Vana-Vandra_vallavalitsus, lk 42
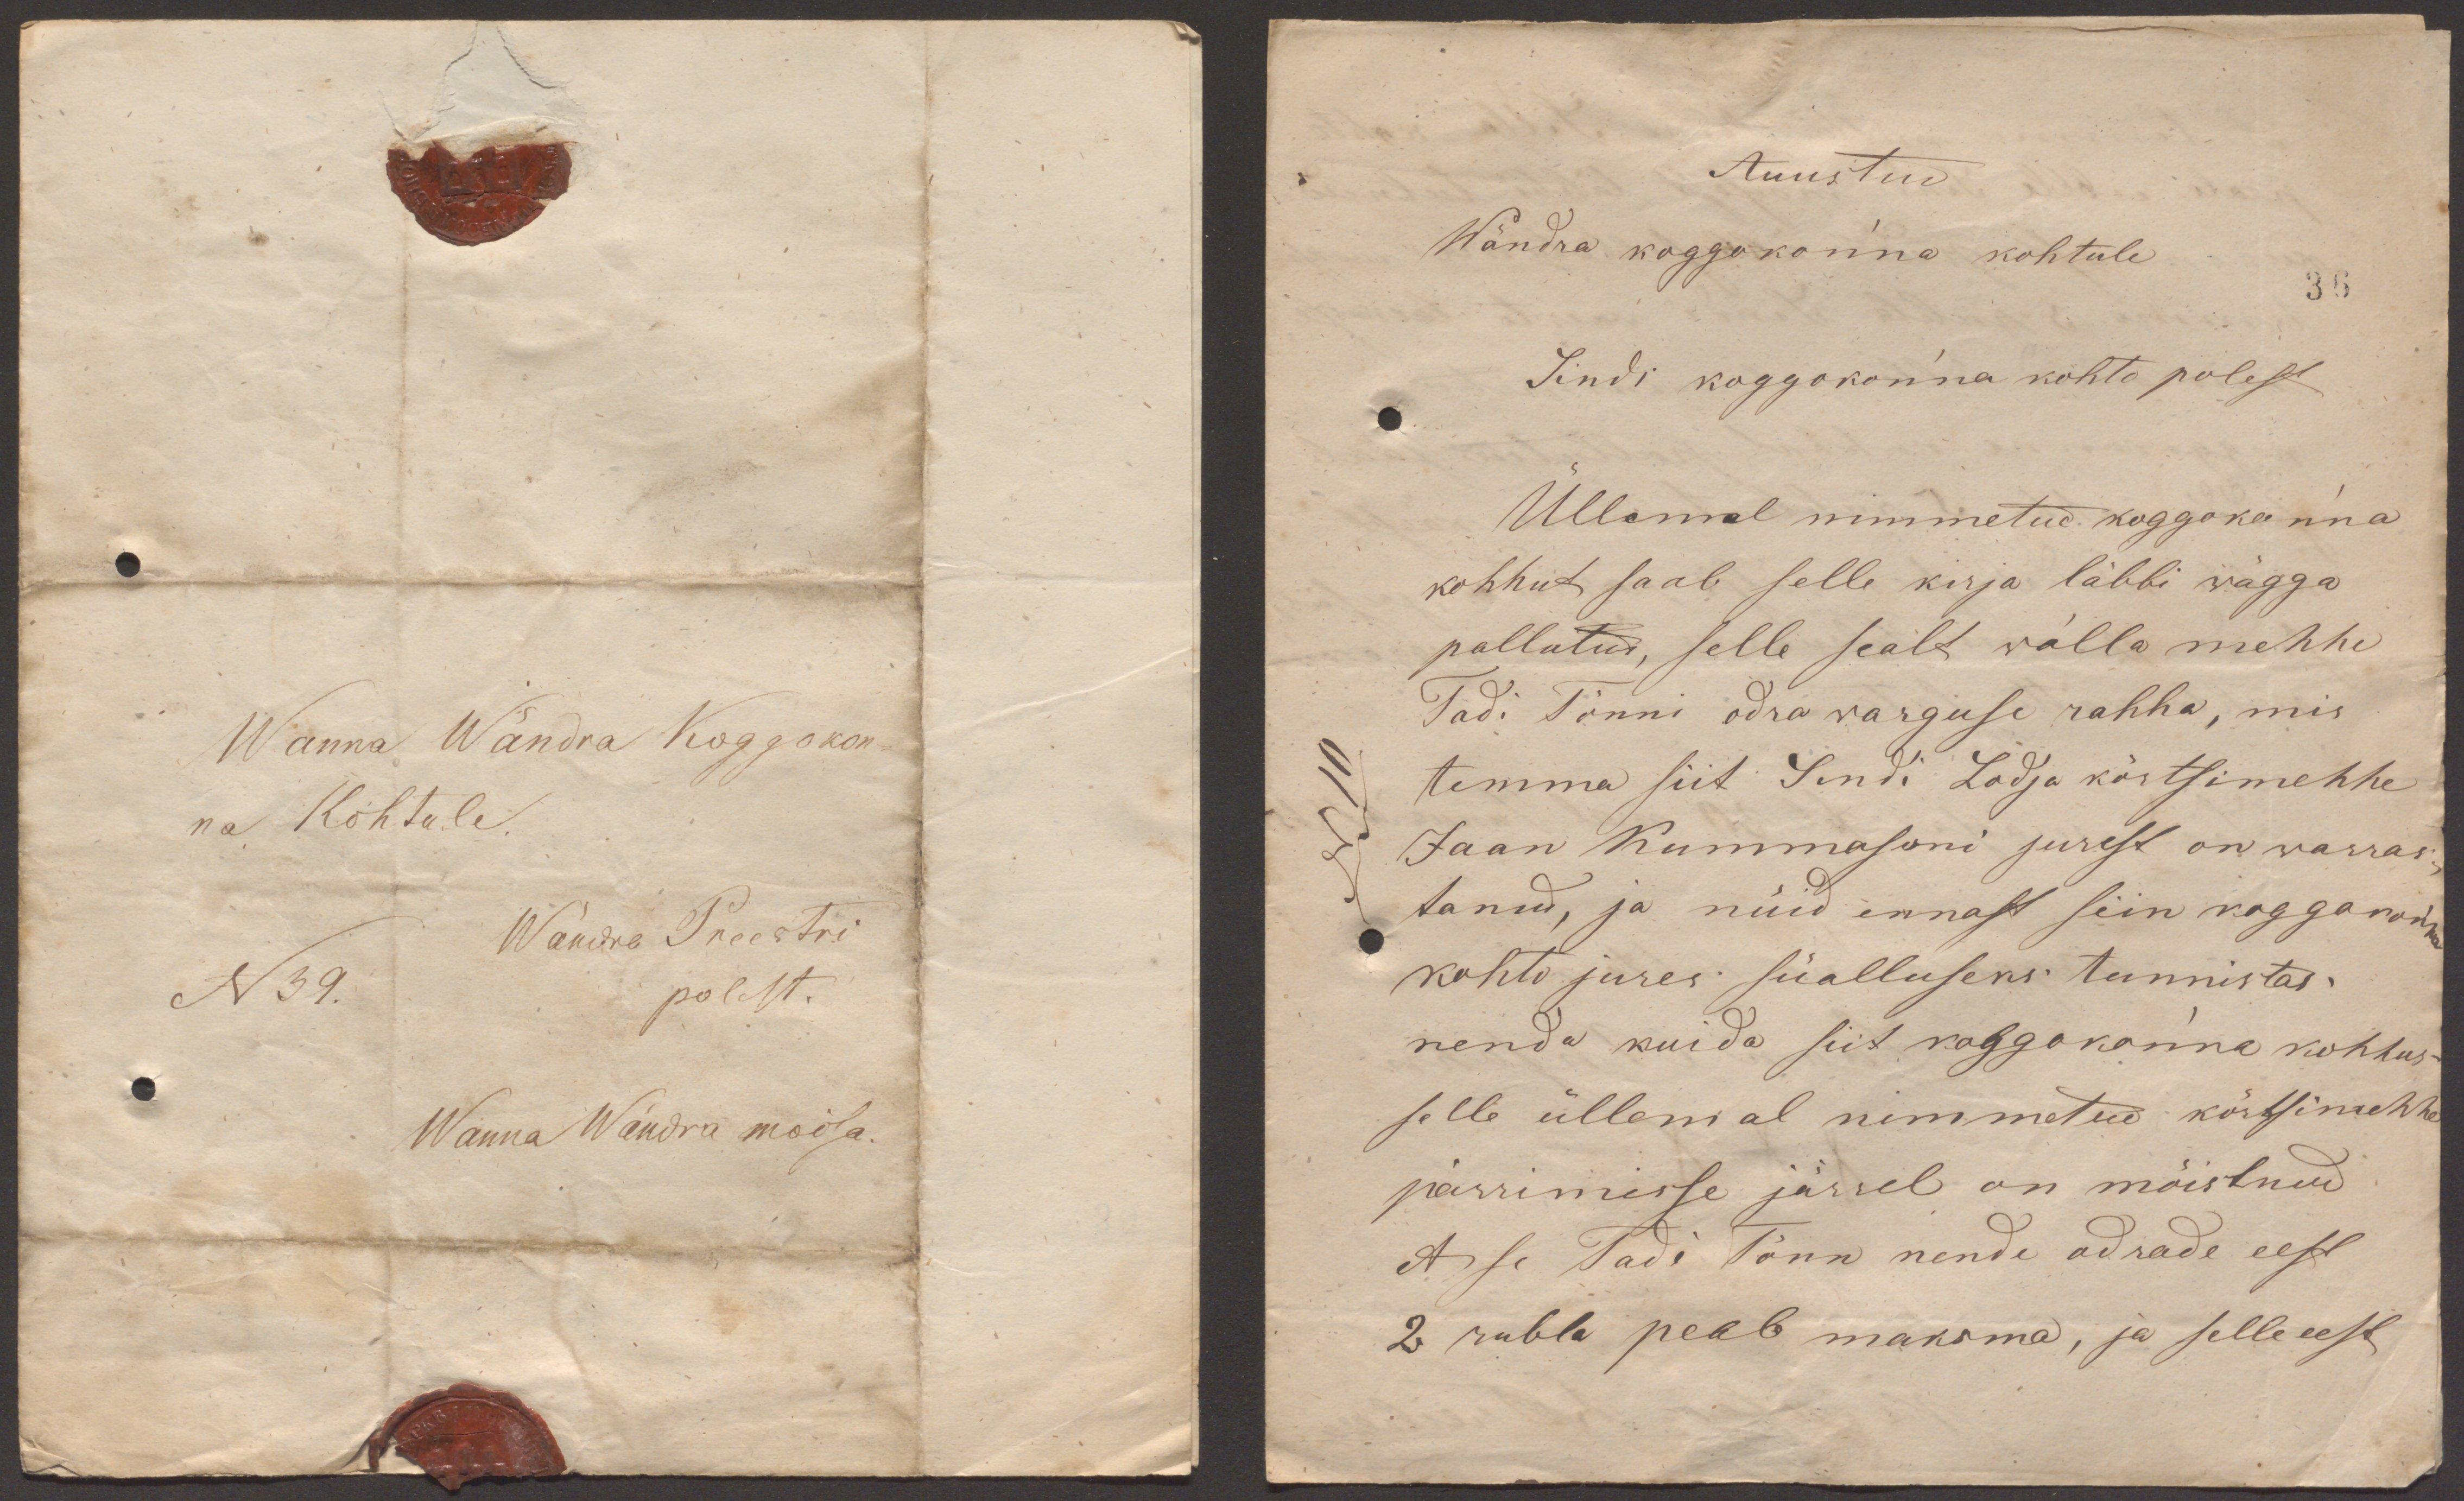
Wanna Wändra Koggokon-
na Kohtule
Wändra Preestri
N39.
polest.
Wanna Wändra moisa.

Auustud
Wändra koggokonna kohtule
36
Sindi koggokonna kohto polest
Üllamal nimmetud koggokonna
kohhut saab selle kirja läbbi wägga
pallotud, selle sealt walla mehhe
Tadi Tõnni odra warguse rahha, mis
N111.
temma siit Sindi Lodja kõrtsimehhe
Jaan Kummasoni jurest on warras
tanud, ja nüid ennast siin koggokon
kohto jures süalluseks tunnistas.
nenda kuida siit koggokonna kohhus
selle üllemal nimmetud kõrtsimehhe
pärrimisse järrel on mõistnud
et se Tadi Tõnn nende odrade eest
2 rubla peab maksma, ja selle eest